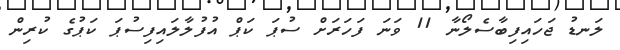
ލަނޑު ޖަހައިފިބާސެލޯނާ 11 ވަނަ ފަހަރަށް ސުޕަ ކަޕް އުފުލާލައިފިސުޕަ ކަޕުގެ ކުރިން